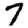
Digit: 7